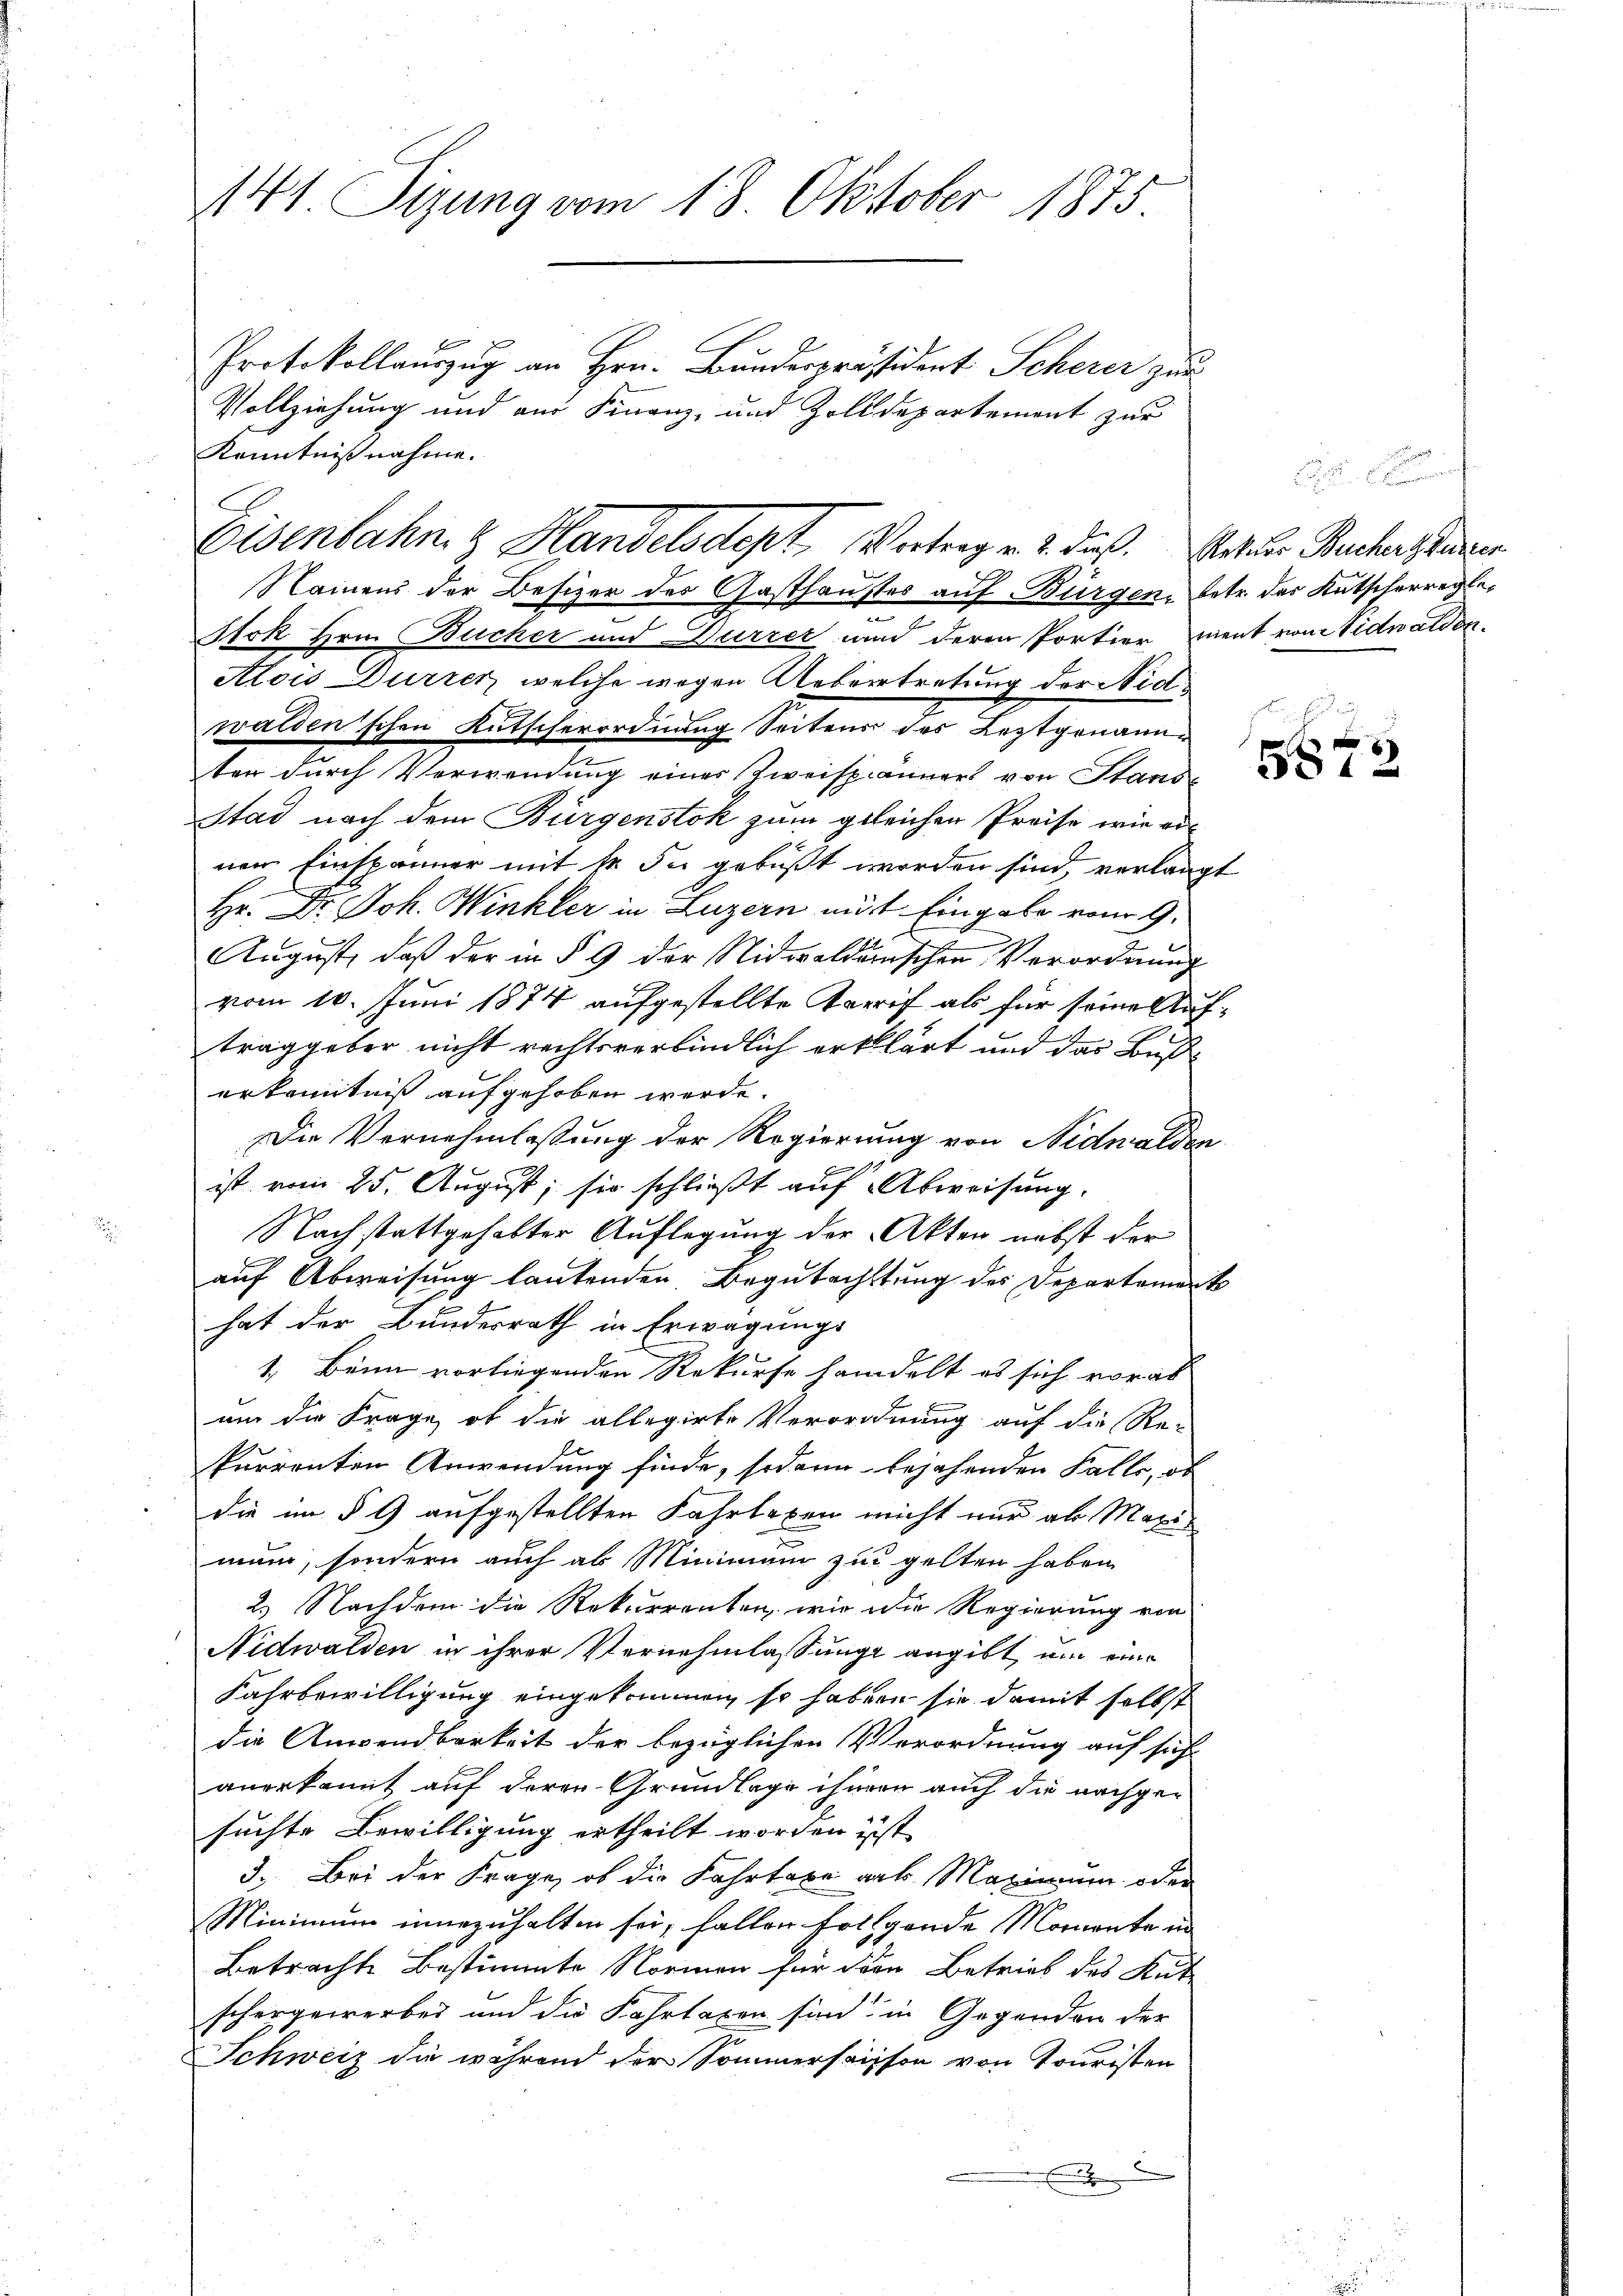
141 Sizung vom 18. Oktober 1875.
Protokollauszug an Hrn. Bundespräsident Scherer zur
Vollziehung und aus Finanz- und Zolldepartement zur

Namens der Besizer des Gasthausses auf Bürgen, betr. des Kutscherregle¬
Stok Hrn. Bücher und Wurzer und deren Portier ment von Nidwalden¬
Alois Durren welche wegen Uebertretung der Nid
walden schon Kutscherordnung Seitens des Leztgenannter durch Verwendung eines Zweispänners von Stande
Stad nach dem Bürgenstok zum geleichen Preise wie einer Einspänner mit 12 du gebüßt worden sind, verlangt
Hr. Dr. Joh. Winkler in Luzern mit Eingabe vom 9.
2
August, daß der in § 9 der Nidwaldenschen Verordnung
vom 10. Juni 1874 aufgestellte Tarif als für seine Auftraggeber nicht rechtsverbindlich erklärt und das Beserkenntniß aufgehoben werde.
Die Vornehmlassung der Regierung von Nidwalden
ist vom 25. August, sie schließt auf Abweisung.
Nachstattgehabter Auflegung der Akten nebst der
auf Abweisung lautenden Begutachtung des Departament
hat der Bundesrath in Erwägungs
1. Beim vorliegenden Rekurse handelt es sich vorab
um die Frage, ob die allegirte Verordnung auf die Re-
kurrenten Anwendung finde, sodann bejahenden Falle, ob
die im § 9 aufgestellten Fahrtaxen nicht nur als Maximun, sondern auch als Minimum zu gelten haben.
2.) Nachdem die Rekurrenten, wie die Regierung von
Nidwalden in ihrer Vernehmlassung angibt, um eine
Fahrbewilligung eingekommen, so haben sie damit selbst
die Anwendbarkeit der bezüglichen Verordnung auf sich
anerkannt auf deren Grundlage ihnen auch die nachgesuchte Bewilligung ertheilt worden ist,
3. Bei der Frage, ob die Fahrtare art. Maximum oder
Minimum innezuhalten sei, fallen folgende Momente in
Betrachte Bestimmte Normen für den Betrieb des Kut
schergewerbes und die Fahrtaxen sind in Gegenden der
Schweiz die während der Sommersaison von Touristen
B

Kenntnißnahme.
Eisenbahn & Handelsdept, Vortrag v. 2. dieß. Art der Buchersteuer

587